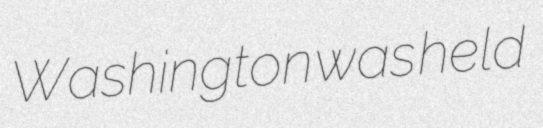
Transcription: Washington was held